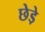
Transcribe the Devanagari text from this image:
छेडे़